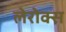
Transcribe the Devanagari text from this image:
लेरोक्स